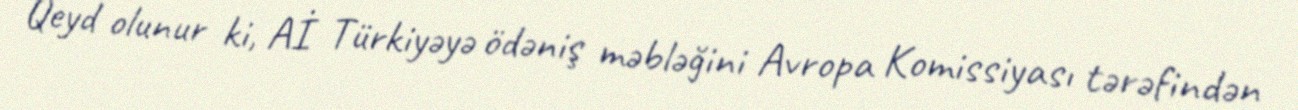
Qeyd olunur ki, Aİ Türkiyəyə ödəniş məbləğini Avropa Komissiyası tərəfindən